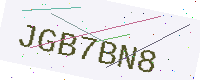
Text: JGB7BN8